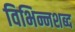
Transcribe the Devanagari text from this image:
विभिन्नशब्द